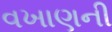
વખાણની